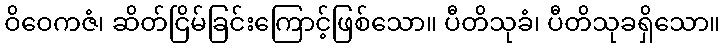
ဝိဝေကဇံ၊ ဆိတ်ငြိမ်ခြင်းကြောင့်ဖြစ်သော။ ပီတိသုခံ၊ ပီတိသုခရှိသော။